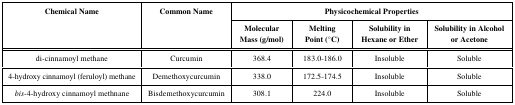
| <ROWSPAN=2> Chemical Name | <ROWSPAN=2> Common Name | <COLSPAN=4> Physicochemical Properties |
 | Molecular Mass (g/mol) | Melting Point (°C) | Solubility in Hexane or Ether | Solubility in Alcohol or Acetone |
 | --- | --- | --- | --- | --- | --- |
 | di-cinnamoyl methane | Curcumin | 368.4 | 183.0-186.0 | Insoluble | Soluble |
 | 4-hydroxy cinnamoyl (feruloyl) methane | Demethoxycurcumin | 338.0 | 172.5-174.5 | Insoluble | Soluble |
 | bis-4-hydroxy cinnamoyl methnane | Bisdemethoxycurcumin | 308.1 | 224.0 | Insoluble | Soluble |